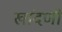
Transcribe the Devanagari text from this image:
खांदणी